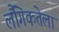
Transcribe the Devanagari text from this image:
लैंगिकतेला